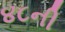
૪૮ની